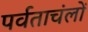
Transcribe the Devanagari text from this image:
पर्वताचंलों